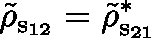
\tilde { \mathbf { \rho } } _ { \mathrm { s _ { 1 2 } } } = \tilde { \mathbf { \rho } } _ { \mathrm { s _ { 2 1 } } } ^ { * }